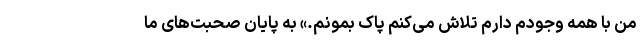
من با همه وجودم دارم تلاش می‌کنم پاک بمونم.» به پایان صحبت‌های ما